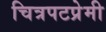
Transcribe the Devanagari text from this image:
चित्रपटप्रेमी